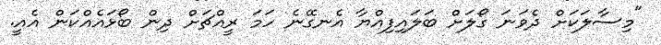
"މިސާލަކަށް ދެވަނަ ގޯލަށް ބަލައިފިއްޔާ އެނގޭނެ ހަމަ ރީއްޗަށް ދިން ބޯޅައެއްކަން އެއީ.